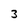
Character: 3